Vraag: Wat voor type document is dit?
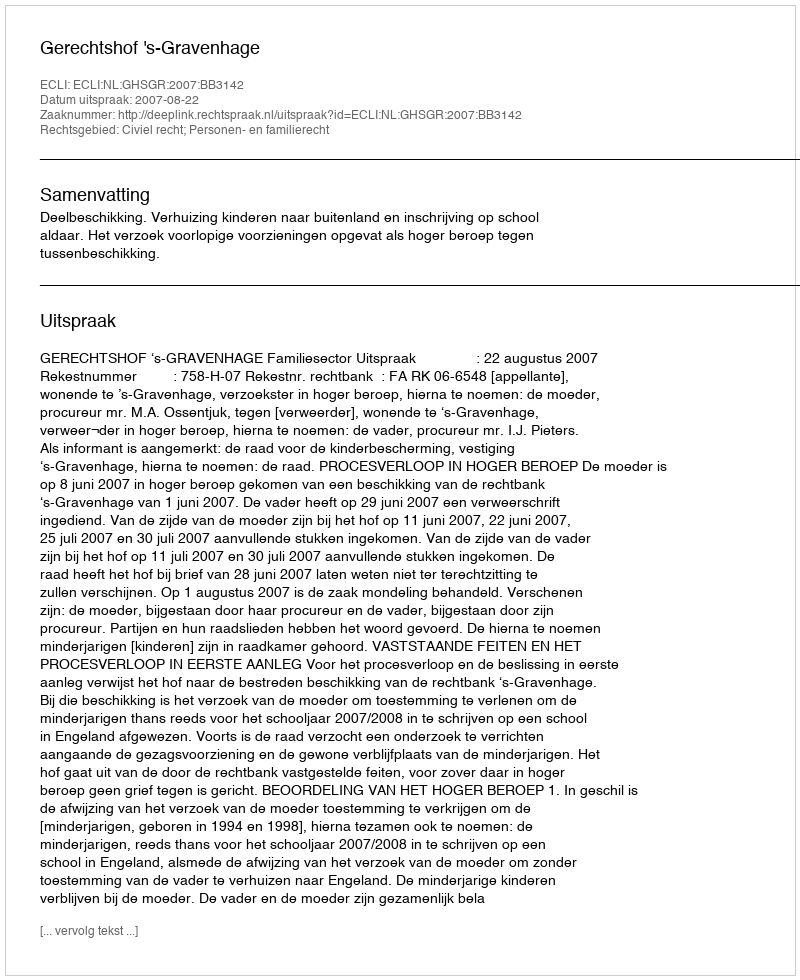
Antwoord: Uitspraak